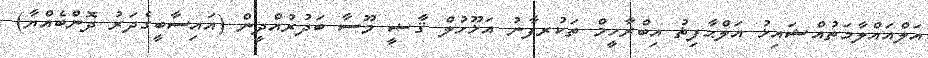
އަލްއައްލާމަތުއްޝައިޚު އަލްޙާފިޡު އިބްރާހީމް ތަކުރފާނު އަޚޫހުލް ޤާޟީ މޫސާ ބަދުރުއްދީން (އައިސާބީގެދަރު ދޮންބެއްޔާ)